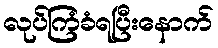
လုပ်ကြံခံရပြီးနောက်